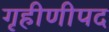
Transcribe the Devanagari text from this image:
गृहीणीपद